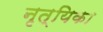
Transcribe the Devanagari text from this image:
नृत्यिका